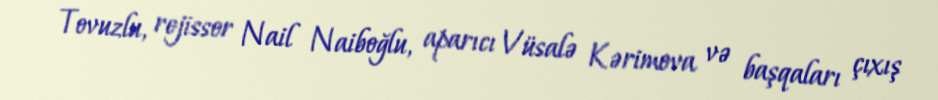
Tovuzlu, rejissor Nail Naiboğlu, aparıcı Vüsalə Kərimova və başqaları çıxış